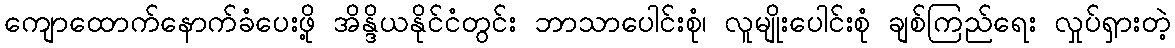
ကျောထောက်နောက်ခံပေးဖို့ အိန္ဒိယနိုင်ငံတွင်း ဘာသာပေါင်းစုံ၊ လူမျိုးပေါင်းစုံ ချစ်ကြည်ရေး လှုပ်ရှားတဲ့